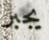
يجبر